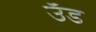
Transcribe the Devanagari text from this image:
उँड